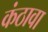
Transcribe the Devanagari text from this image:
कंठावा